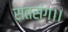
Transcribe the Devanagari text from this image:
सतसंग।।